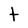
Character: t